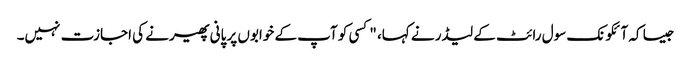
جیسا کہ آئکونک سول رائٹ کے لیڈر نے کہا، "کسی کو آپ کے خوابوں پر پانی پھیرنے کی اجازت نہیں۔